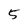
Character: 5